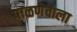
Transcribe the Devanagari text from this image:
पाळणेवाला